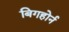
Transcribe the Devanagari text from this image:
बिगहोर्न